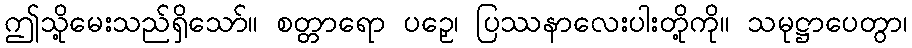
ဤသို့မေးသည်ရှိသော်။ စတ္တာရော ပဉှေ၊ ပြဿနာလေးပါးတို့ကို။ သမုဋ္ဌာပေတွာ၊